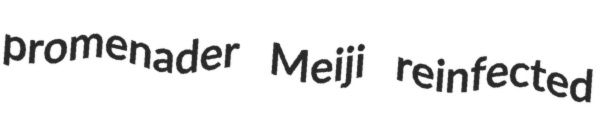
promenader Meiji reinfected